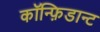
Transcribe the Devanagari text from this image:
कॉन्फ़िडान्ट